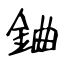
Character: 𨦈